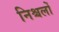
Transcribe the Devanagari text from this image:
निश्चलों